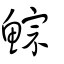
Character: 鯮